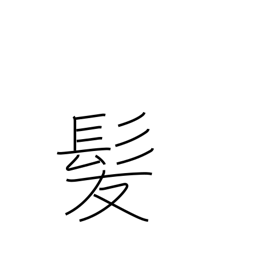
Meaning: hair of the head